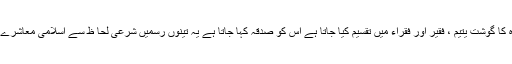
صدقہ: اگر کوئی مصیبت اور بلا ٹلنے کے لئے بکرا اور بھیڑ وغیر ہ کا گوشت یتیم ، فقیر اور فقراء میں تقسیم کیا جاتا ہے اس کو صدقہ کہا جاتا ہے یہ تینوں رسمیں شرعی لحا ظ سے اسلامی معاشرے میں موجود ہیں اور بعض کو تو بڑے زور وشور سے منایا جاتا ہے۔